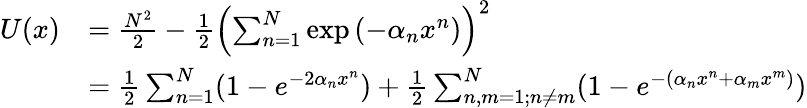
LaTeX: \begin{array}{rl}{U(x)}&{=\frac{N^{2}}{2}-\frac{1}{2}\left(\sum_{n=1}^{N}\exp\left(-\alpha_{n}x^{n}\right)\right)^{2}}\\ &{=\frac{1}{2}\sum_{n=1}^{N}(1-e^{-2\alpha_{n}x^{n}})+\frac{1}{2}\sum_{n,m=1;n\neq m}^{N}(1-e^{-(\alpha_{n}x^{n}+\alpha_{m}x^{m})})}\end{array}